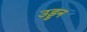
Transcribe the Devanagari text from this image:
उड्डन